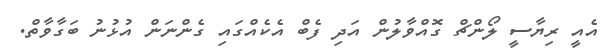
އެއީ ރިޔާސީ ލޯންޗް ގޮއްވާލުން އަދި ފެބް އެކެއްގައި ގެންނަން އުޅުނު ބަގާވާތް.